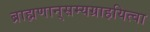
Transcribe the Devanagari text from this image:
ब्राह्मणान्‌सम्यग्राहयित्वा